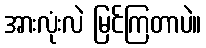
အားလုံးလဲ မြင်ကြတာပဲ။